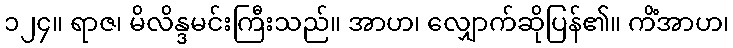
၁၂၄။ ရာဇ၊ မိလိန္ဒမင်းကြီးသည်။ အာဟ၊ လျှောက်ဆိုပြန်၏။ ကိံအာဟ၊